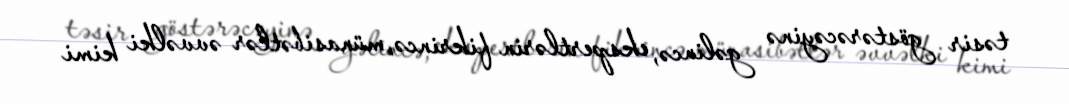
təsir göstərəcəyinə gəlincə, ekspertlərin fikrincə, münasibətlər əvvəlki kimi